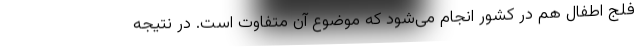
فلج اطفال هم در کشور انجام می‌شود که موضوع آن متفاوت است. در نتیجه